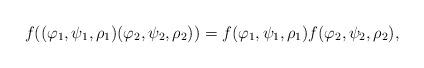
LaTeX: \begin{align*}f((\varphi_1,\psi_1,\rho_1) (\varphi_2,\psi_2,\rho_2))=f(\varphi_1,\psi_1,\rho_1)f(\varphi_2,\psi_2,\rho_2),\end{align*}